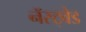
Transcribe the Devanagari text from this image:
नॅस्ट्वेड